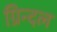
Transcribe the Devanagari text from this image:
ग्रिन्दल